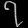
Digit: ၇